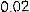
0.02